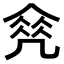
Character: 𠙠